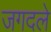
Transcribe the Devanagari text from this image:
जगदले